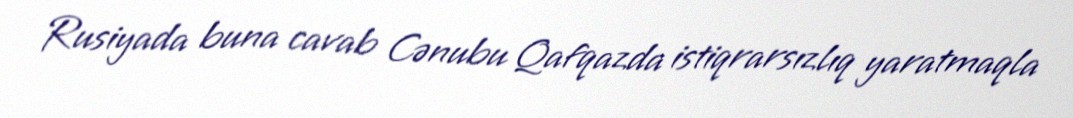
Rusiyada buna cavab Cənubu Qafqazda istiqrarsızlıq yaratmaqla